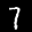
Label: 7